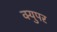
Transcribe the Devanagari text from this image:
क्युपर